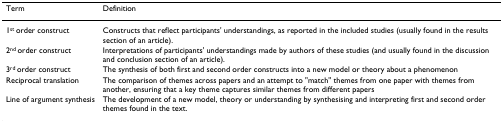
<table><thead><tr><td><b>Term</b></td><td><b>Definition</b></td></tr></thead><tbody><tr><td>1<sup>st </sup>order construct</td><td>Constructs that reflect participants&#x27; understandings, as reported in the included studies (usually found in the results section of an article).</td></tr><tr><td>2<sup>nd </sup>order construct</td><td>Interpretations of participants&#x27; understandings made by authors of these studies (and usually found in the discussion and conclusion section of an article).</td></tr><tr><td>3<sup>rd </sup>order construct</td><td>The synthesis of both first and second order constructs into a new model or theory about a phenomenon</td></tr><tr><td>Reciprocal translation</td><td>The comparison of themes across papers and an attempt to &quot;match&quot; themes from one paper with themes from another, ensuring that a key theme captures similar themes from different papers</td></tr><tr><td>Line of argument synthesis</td><td>The development of a new model, theory or understanding by synthesising and interpreting first and second order themes found in the text.</td></tr></tbody></table>